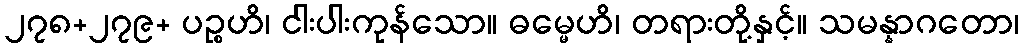
၂၇၈+၂၇၉+ ပဉ္စဟိ၊ ငါးပါးကုန်သော။ ဓမ္မေဟိ၊ တရားတို့နှင့်။ သမန္နာဂတော၊